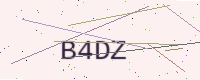
Text: B4DZ